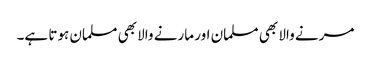
مرنے والا بھی مسلمان اور مارنے والا بھی مسلمان ہوتا ہے۔